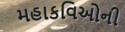
મહાકવિઓની